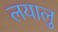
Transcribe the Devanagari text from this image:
लयालु